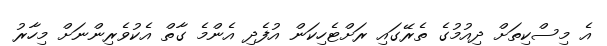
އެ މިސްކިތަށް ދިއުމުގެ ތެރޭގައި ރަށްޓެހިކަން އުފެދި އެންމެ ގާތް އެކުވެރިންނަށް މިހާރު